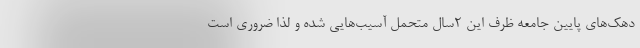
دهک‌های پایین جامعه ظرف این ۲سال متحمل آسیب‌هایی شده و لذا ضروری است